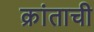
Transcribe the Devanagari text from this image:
क्रांताची